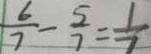
\frac { 6 } { 7 } - \frac { 5 } { 7 } = \frac { 1 } { 7 }